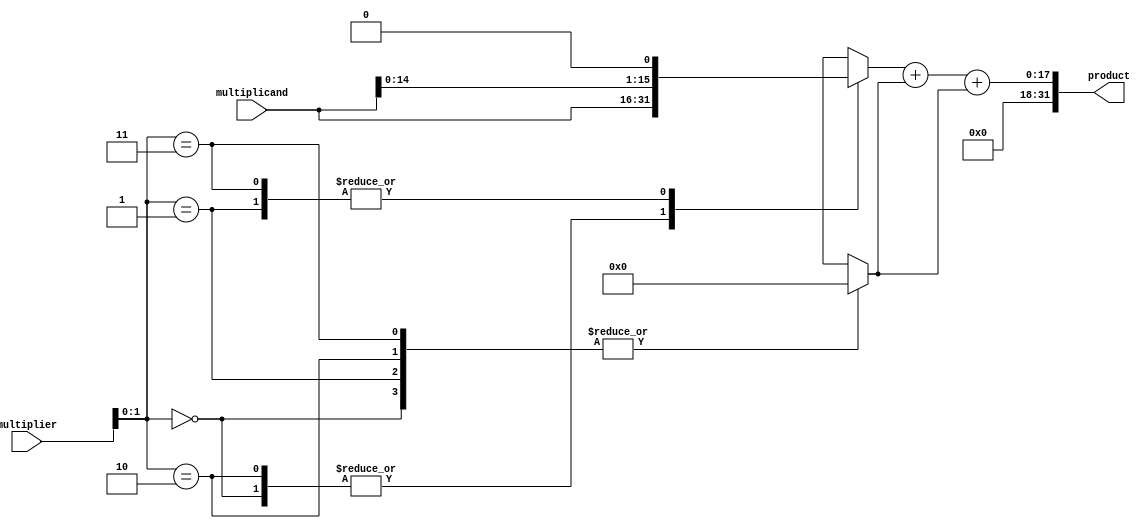
module Booth_Multiplier(
    input [15:0] multiplicand,
    input [15:0] multiplier,
    output reg [31:0] product
);

// Partial product generation blocks
reg [15:0] pp1, pp2, pp3;

always @ (*)
begin
    case(multiplier[1:0])
        2'b00: begin pp1 = multiplicand << 0; pp2 = 0; pp3 = 0; end
        2'b01: begin pp1 = (multiplicand << 1); pp2 = 0; pp3 = 0; end
        2'b10: begin pp1 = (multiplicand << 0); pp2 = 0; pp3 = 0; end
        2'b11: begin pp1 = (multiplicand << 1); pp2 = 0; pp3 = 0; end
    endcase
end

// Wallace tree reduction unit
reg [31:0] wtr;
always @ (*)
begin
    wtr = pp1 + pp2 + pp3;
end

// Final adder
always @ (*)
begin
    product = wtr;
end

endmodule